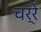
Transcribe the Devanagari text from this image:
चर्रे